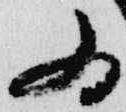
為